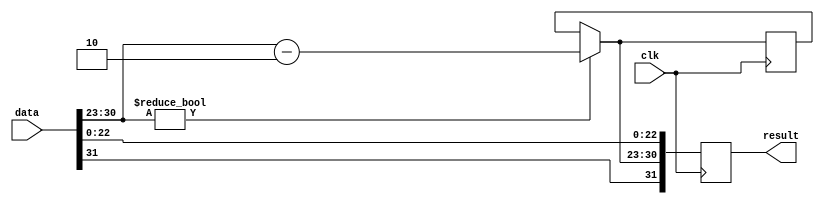
module div4(
	input wire	[31:0] data,
	input wire clk,
	output reg	[31:0] result
);

reg [7:0] temp = 0;

always @ (posedge clk)
begin
	if (data[30:23] != 0) 
	begin
		temp[7:0] = data[30:23] - 2;
	end
	result = {data[31], temp, data[22:0]};
end
endmodule